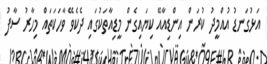
އަޅުގަނޑު އުއްމީދު ކުރަން އިންޑިއާއޭ ކިޔައިގެން މީޑިއާތަކުގައި ދެކެވޭ ވާހަކަތައް މިހާރު ސާފު